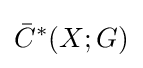
{\bar {C}}^{*}(X;G)